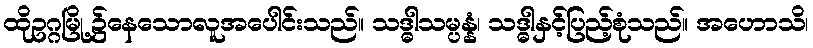
ထိုဥဂ္ဂမြို့၌နေသောလူအပေါင်းသည်။ သဒ္ဓါသမ္ပန္နံ၊ သဒ္ဓါနှင့်ပြည့်စုံသည်။ အဟောသိ၊